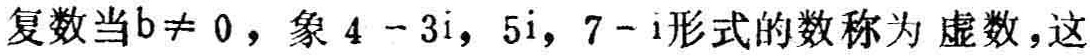
复数当\(b\neq 0\)，象\(4 - 3i\)，\(5i\)，\(7 - i\)形式的数称为 虚数，这